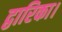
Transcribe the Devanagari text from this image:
द्वारिका।